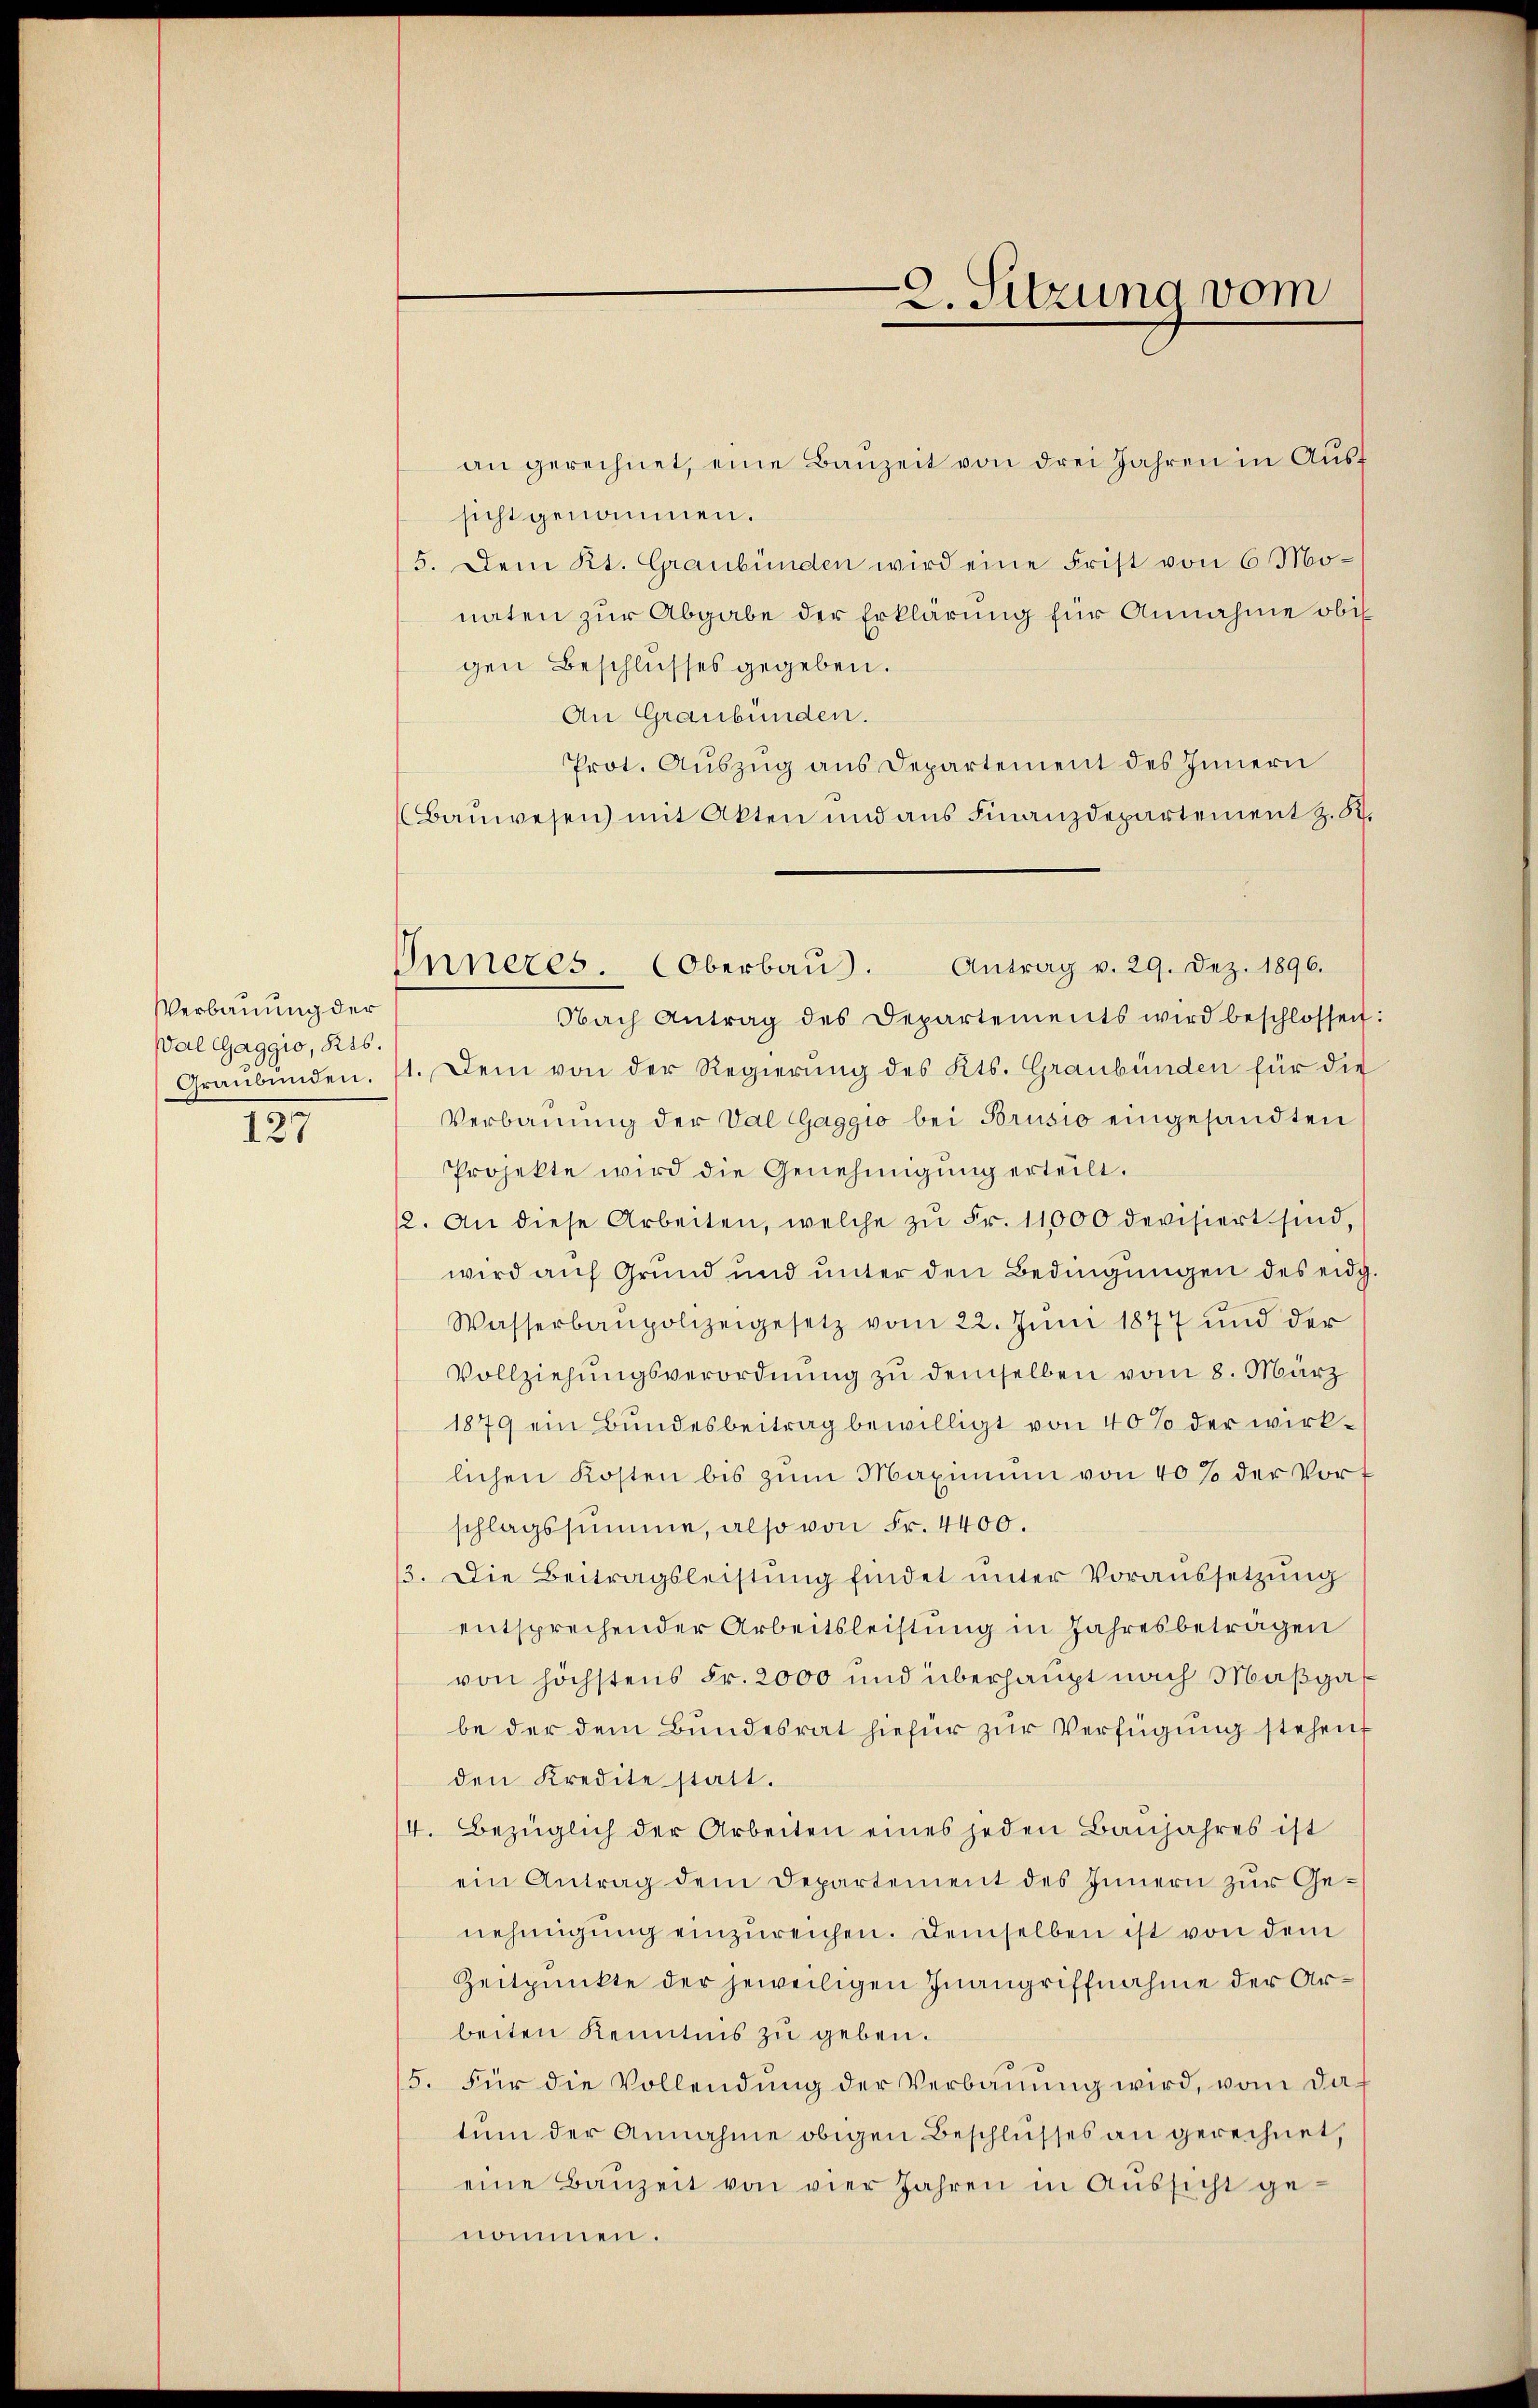
Verbauung der
Wal Gaggio, 216.

125

Onnezes. Oberbaŭ). Antrag v. 29. Dez. 1896.

an gerechnet, eine Bauzeit von drei Jahren in Ausf
sicht genommen.
5. Dem Kt. Graubünden wird eine Frist von 6 Monaten zur Abgabe der Erklärung für Annahme obe
gen Beschlusses gegeben.
An Graubünden.
Prot. Auszug aus Departement des Innern
Bauwesen mit Akten und aus Finanzdepartement z. 52.
Nach Antrag des Departements wird beschlossen:
Graubünden. 11. Dem von der Regierung des Kts. Graubünden für die
Verbauung der Val Gaggio bei Brusio eingesandten
Projekte wird die Genehmigŭng erteilt.
12. An diese Arbeiten, welche zŭ Fr. 11000 devisiert sind,
wird auf Grund und unter den Bedingungen des eidg.
Wasserbaupolizeigesetz vom 22. Jŭni 1877 und der
Vollziehungsverordnung zu demselben vom 8. März
1879 ein Bundesbeitrag bewilligt von 40% der wirklichen Kosten bis zŭm Maximum von 40% der Vort
schlagssumme, also von Fr. 4400.
/3. Die Beitragsleistŭng findet ŭnter Voraussetzŭng
entsprechender Arbeitsleistung in Jahresbeträgen
von höchstens Fr. 2000 und überhaupt nach Maßgasbe der dem Bundesrat hiefür zŭr Verfügung stehen
den Kredite statt.
4. Bezüglich der Arbeiten eines jeden Baŭjahres ist
ein Antrag dem Departement des Innern zŭr Genehmigŭng einzŭreichen. Demselben ist von dem
Zeitpunkte der jeweiligen Inangriffnahme der Arbeiten Kenntnis zu geben.
/5. Für die Vollendung der Verbauung wird, vom datum der Annahme obigen Beschlusses an gerechnet,
eine Baŭzeit von vier Jahren in Aŭssicht ge-
nommen.

2. Sitzung vom